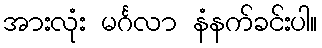
အားလုံး မင်္ဂလာ နံနက်ခင်းပါ။